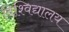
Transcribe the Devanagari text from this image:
विश्‍विद्यालय